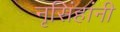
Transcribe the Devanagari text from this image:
नृसिंहांनी